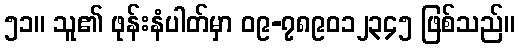
၅၁။ သူ၏ ဖုန်းနံပါတ်မှာ ၀၉-၇၈၉၀၁၂၃၄၅ ဖြစ်သည်။